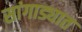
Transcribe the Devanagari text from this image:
सांगाड्यात